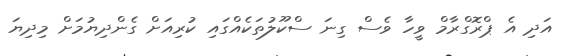
އަދި އެ ޕްރޮގްރާމް ވީހާ ވެސް ގިނަ ސްކޫލުތަކެއްގައި ކުރިއަށް ގެންދިޔުމަށް މިދިޔަ